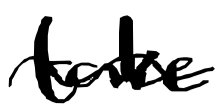
Text: take
Cross-out: wave
Writing tool: digital_black